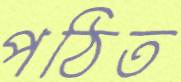
পঠিত